Annual report of the Prince of Wales Medical College, Patna
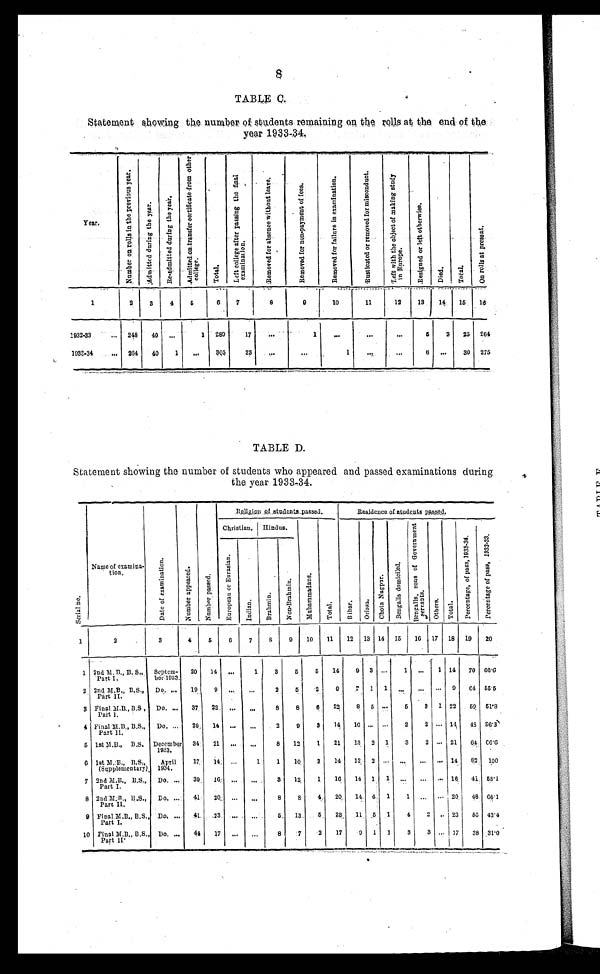
TABLE C.
Statement showing the number of students remaining on the rolls at the end of the
year 1933-34.
Year.
N u m b e r o n r o l l s i n t h e p r e v i o u s y e a r .
A d m i t t e d d u r i n g t h e y e a r .
R e - A d m i t t e d d u r i n g t h e y e a r .
A d m i t t e d o n t r a n s f e r c e r t i f i c a t e f r o m o t h e r c o l l e g e .
To t a l .
L e f t c o l l e g e a f t e r p a s s i n g t h e f i n a l e x a m i n a t i o n .
R e m o v e d f o r a b s e n c e w i t h o u t l e a v e .
R e m o v e d f o r n o n - p a y m e n t o f f e e s .
R e m o v e d f o r f a i l u r e i n e x a m i n a t i o n .
R u s t i c a t e d o r r e m o v e d f o r m i s c o n d u c t .
L e f t w i t h t h e o b j e c t o f m a k i n g s t u d y i n E u r o p e .
R e s i g n e d o r l e f t o t h e r wi s e .
D i e d .
Tot al .
O n r o l l s a t p r e s e n t .
1
2
3
4
5
6
7
8
9
10
11
12
13
14
15
16
1932-33
... 248
40 ...
1
289
17
...
1
. . .
...
...
5
2
25 264
1933-34
... 264
40
1
...
305
23
...
...
1
. . .
. . .
6
. . . 30 275
TABLE D.
Statement showing the number of students who appeared and passed examinations during
the year 1933-34.
S e r i a l n o .
Name of examina-
t i o n .
D a t e o f e x a m i n a t i o n . N u m b e r a p p e a r e d .
N u m b e r p a s s e d .
Religion of students passed.
Residence of students passed.
Christian. Hindus.
M u h a m m a d a n s .
T o t a l .
B i h a r .
O r i s s a .
C h o t a N a g p u r .
B e n g a l i s d o m i c i l e d .
B e n g a l i s , s o n s o f G o v e r n m e n t s e r v a n t s .
O t h e r s . Tot al .
P e r c e n t a g e , o f p a s s , 1 9 3 3 - 3 4 .
P e r c e n t a g e o f p a s s , 1 9 3 2 - 3 3 .
E u r o p e a n o r E u r a s i a n .
I n d i a n .
B r a h m i n .
N o n - B r a h mi n .
1
2
3
4
5
6
7
8
9
10
11
12 13 14 15
16 17 18 19
20
1 2nd M.B., B.S.,
Part I.
Septem- ber 1933.
20 14 ...
1 3
5 5 14 9 3 ... 1 ... 1 14 70 66.6
2 2nd M.B., B.S.,
Part II.
Do. ... 19
9 ... ...
2
5 2 9 7 1 1 ... ... ... 9 64 55.5
3 Final M.B., B.S,
Part I.
Do. ... 37 22 ...
. . .
8 8 6 22 8 5 ... 5
3 1 22 59 51.8
4 Final M.B., B.S.,
Part II,
Do. ... 29 14 ...
. . .
2 9 3
1 4 10 ... ... 2 2 ... 14 48 36.3
5 1st M.B., B.S. December 1933.
34 21 ... ...
8 12 1 21 13 2 1 3 2 ... 21 64 66.6
6 1st M.B., B.S.,
(Supplementary). April
1934.
17 14 ...
1 1 10 2 14 12 2 ... ... ... ... 14 82 100
7 2nd M.B., B.S.,
Part I.
Do. ... 39 16 ... ...
3 12 1 16 14 1 1
. . .
...
. . . 16 41 58.1
8 2nd M.B., B.S.,
Part II.
Do. ... 41 20 ...
. . .
8 8
4 20 14 4 1 1 ... ... 20 48 66.1
9 Final M.B., B.S.,
Part I.
Do. ... 41 23
. . . ...
5 13
5 23 11 5 1 4 2 .. 23 56 42.4
10 Final M.B., B.S.,
Part II.
Do. ... 44 17 ... ...
8 7 2 17 9 1 1 3 3 ... 17 38 31.0